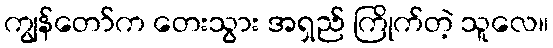
ကျွန်တော်က တေးသွား အရှည် ကြိုက်တဲ့ သူလေ။